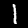
Digit: 1